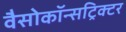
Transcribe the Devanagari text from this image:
वैसोकॉन्सट्रिक्टर